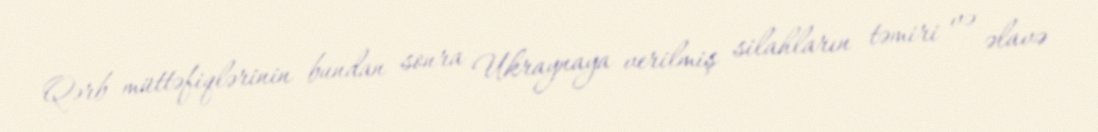
Qərb müttəfiqlərinin bundan sonra Ukraynaya verilmiş silahların təmiri və əlavə